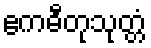
ဧကဓီတုသုတ္တံ